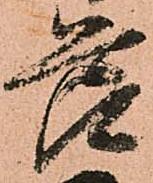
節